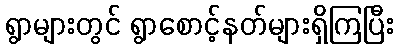
ရွာများတွင် ရွာစောင့်နတ်များရှိကြပြီး